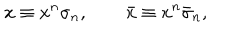
LaTeX: x \equiv x ^ { n } \sigma _ { n } , \qquad \bar { x } \equiv x ^ { n } \bar { \sigma } _ { n } ,